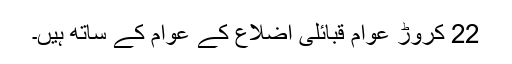
22 کروڑ عوام قبائلی اضلاع کے عوام کے ساتھ ہیں۔